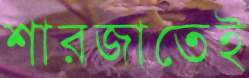
শারজাতেই